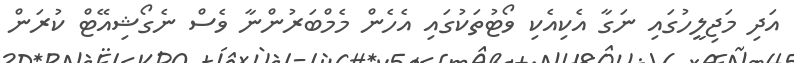
އަދި މަޖިލީހުގައި ނަގާ އެކިއެކި ވޯޓުތަކުގައި އެހެން މެމްބަރުންނާ ވެސް ނެގޯޝިއޭޓް ކުރަން